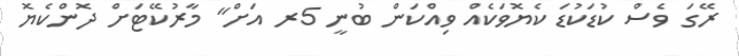
ރޭގަ ވެސް ކުޑަކުޑަ ކެޔޮވަކެއް ވިއްކަން ބުނީ 5ރ އަށް" މާރުކޭޓަށް ދޮންކެޔޮ